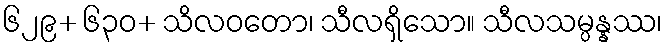
၆၂၉+ ၆၃၀+ သိလဝတော၊ သီလရှိသော။ သီလသမ္ပန္နဿ၊